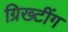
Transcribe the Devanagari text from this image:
ग्रिख्टींग